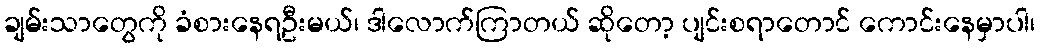
ချမ်းသာတွေကို ခံစားနေရဦးမယ်၊ ဒါလောက်ကြာတယ် ဆိုတော့ ပျင်းစရာတောင် ကောင်းနေမှာပါ၊